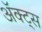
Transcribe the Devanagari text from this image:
ॲक्ट्स